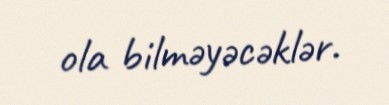
ola bilməyəcəklər.